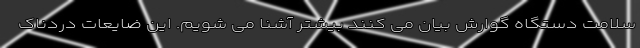
سلامت دستگاه گوارش بیان می کنند بیشتر آشنا می شویم. این ضایعات دردناک